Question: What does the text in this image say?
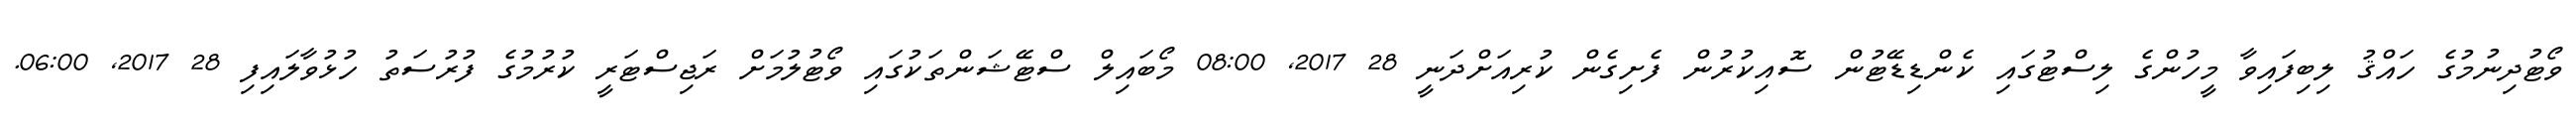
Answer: ވޯޓުދިނުމުގެ ހައްޤު ލިބިފައިވާ މީހުންގެ ލިސްޓުގައި ކެންޑިޑޭޓުން ސޮއިކުރުން ފެށިގެން ކުރިއަށްދަނީ 28 2017, 08:00 މޯބައިލް ސްޓޭޝަންތަކުގައި ވޯޓުލުމަށް ރަޖިސްޓަރީ ކުރުމުގެ ފުރުސަތު ހުޅުވާލައިފި 28 2017, 06:00.